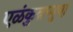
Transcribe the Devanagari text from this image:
एळंकुन्नप्पुष़ा